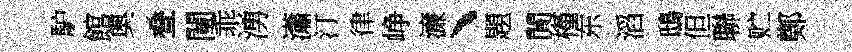
馿館奥叠闉乖湧瀟汀律峥濓、題閴槿东滔鴟但聯贮鄭